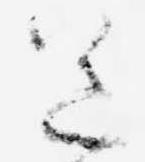
送